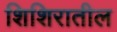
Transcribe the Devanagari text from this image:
शिशिरातील